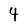
Character: 4